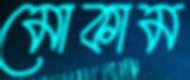
মোকাম